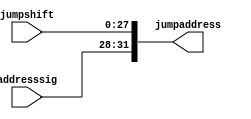
module concatination(
	output [31:0]jumpaddress,
	input [27:0]jumpshift,
	input [3:0]addresssig
	);
	assign jumpaddress[27:0]=jumpshift;
	assign jumpaddress[31:28]=addresssig;
endmodule